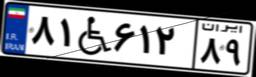
۸۱W۶۱۲۸۹